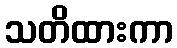
သတိထားကာ